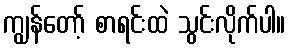
ကျွန်တော့် စာရင်းထဲ သွင်းလိုက်ပါ။